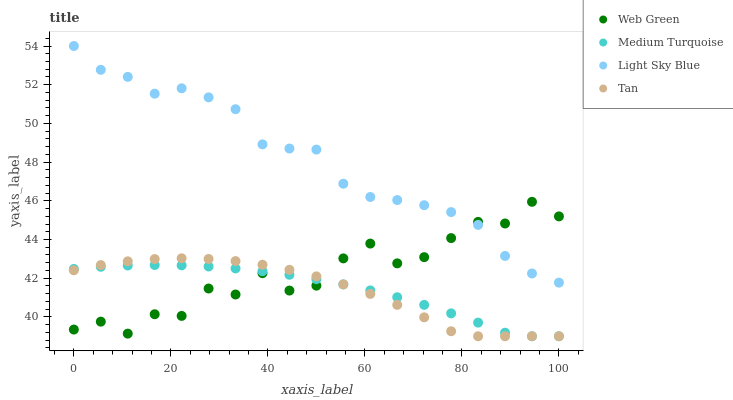
| xaxis_label | Web Green | Medium Turquoise | Light Sky Blue | Tan |
 | --- | --- | --- | --- | --- |
 | 0 | 39.3 | 42.5 | 54 | 42.4 |
 | 5.56 | 39.8 | 42.6 | 52.8 | 42.7 |
 | 11.1 | 39.1 | 42.7 | 52.4 | 42.9 |
 | 16.7 | 40.1 | 42.7 | 51.5 | 43 |
 | 22.2 | 40.1 | 42.7 | 51.8 | 43 |
 | 27.8 | 41.5 | 42.6 | 51.3 | 43 |
 | 33.3 | 41.2 | 42.5 | 50.7 | 42.9 |
 | 38.9 | 42.3 | 42.4 | 48.9 | 42.7 |
 | 44.4 | 41.4 | 42.2 | 48.7 | 42.4 |
 | 50 | 41.6 | 41.9 | 48.6 | 42.1 |
 | 55.6 | 43 | 41.7 | 46.9 | 41.7 |
 | 61.1 | 43.8 | 41.4 | 46.2 | 41.2 |
 | 66.7 | 42.8 | 41 | 46 | 40.6 |
 | 72.2 | 43.1 | 40.6 | 45.8 | 40 |
 | 77.8 | 44.1 | 40.2 | 45.4 | 39.3 |
 | 83.3 | 44.9 | 39.7 | 44.8 | 39 |
 | 88.9 | 44.8 | 39.2 | 43.2 | 39 |
 | 94.4 | 45.9 | 39 | 42.2 | 39 |
 | 100 | 45.2 | 39 | 41.8 | 39 |